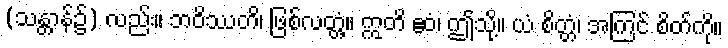
(သန္တာန်၌) လည်း။ ဘဝိဿတိ၊ ဖြစ်လတ္တံ့။ ဣတိ ဧဝံ၊ ဤသို့။ ယံ စိတ္တံ၊ အကြင် စိတ်ကို။